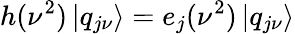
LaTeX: h(\nu^{2})\, |q_{j\nu}\rangle=e_{j}(\nu^{2})\, |q_{j\nu}\rangle